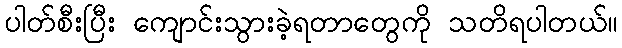
ပါတ်စီးပြီး ကျောင်းသွားခဲ့ရတာတွေကို သတိရပါတယ်။